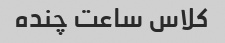
کلاس ساعت چنده